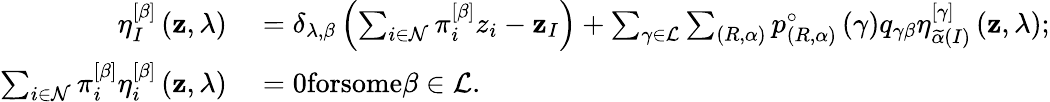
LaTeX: \begin{array}{rl}{\eta_{I}^{\left[\beta\right]}\left(\mathbf{z},\lambda\right)}&{{}=\delta_{\lambda,\beta}\left(\sum_{i\in\mathcal{N}}\pi_{i}^{\left[\beta\right]}z_{i}-\mathbf{z}_{I}\right)+\sum_{\gamma\in\mathcal{L}}\sum_{\left(R,\alpha\right)}p_{\left(R,\alpha\right)}^{\circ}\left(\gamma\right)q_{\gamma\beta}\eta_{\widetilde{\alpha}\left(I\right)}^{\left[\gamma\right]}\left(\mathbf{z},\lambda\right);}\\ {\sum_{i\in\mathcal{N}}\pi_{i}^{\left[\beta\right]}\eta_{i}^{\left[\beta\right]}\left(\mathbf{z},\lambda\right)}&{{}=0\textrm{forsome}\beta\in\mathcal{L}.}\end{array}